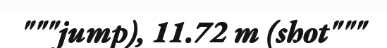
"""jump), 11.72 m (shot"""